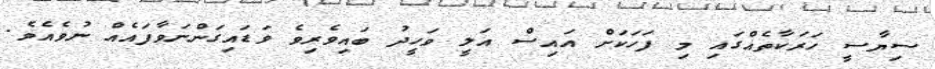
ސިޔާސީ ހަރަކާތެއްގައި މި ފަހަކަށް އައިސް އަލީ ވަހީދު ބައިވެރިވެ ވަޑައިގަންނަވާފައެއް ނުވެއެވެ.